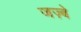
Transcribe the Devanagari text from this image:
जज़्बे